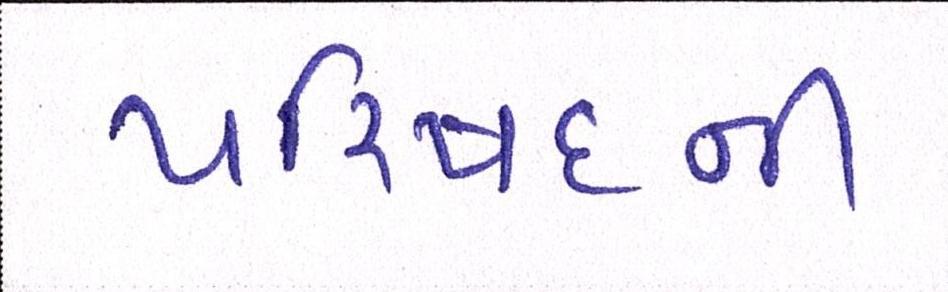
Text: પરિષદની